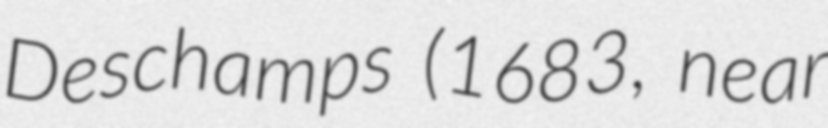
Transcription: Deschamps (1683, near